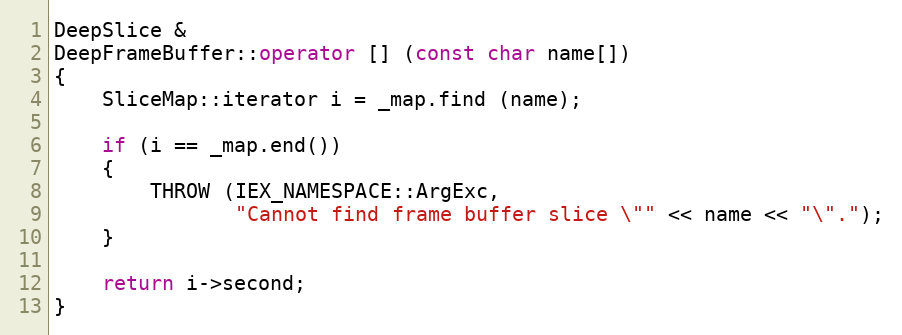
Language: C++
DeepSlice &
DeepFrameBuffer::operator [] (const char name[])
{
    SliceMap::iterator i = _map.find (name);

    if (i == _map.end())
    {
        THROW (IEX_NAMESPACE::ArgExc,
               "Cannot find frame buffer slice \"" << name << "\".");
    }

    return i->second;
}